Report on horse surra - Volume I
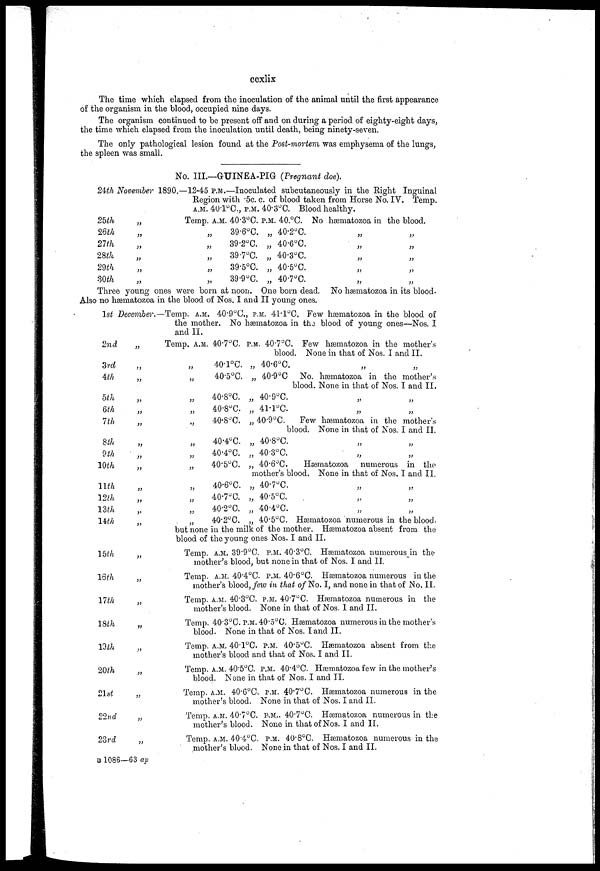
ccxlix
The time which elapsed from the inoculation of the animal until the first appearance
of the organism in the blood, occupied nine days.
The organism continued to be present off and on during a period of eighty-eight days,
the time which elapsed from the inoculation until death, being ninety-seven.
The only pathological lesion found at the Post-mortem was emphysema of the lungs,
the spleen was small.
No. III.—GUINEA-PIG (Pregnant doe).
24th November 1890.—12.45 P.M.—Inoculated subcutaneously in the Right Inguinal
Region with .5c. c. of blood taken from Horse No. IV. Temp.
A.M. 40.1°C., P.M.. 40.3°C. Blood healthy.
25th
„
26th
„
27th
„
28th
„
29th „
Temp. A.M. 40.3°C. P.M.. 40.°C. No hæmatozoa in the blood.
„
„
„
„
39.6°C. „ 40.2°C.
39.2°C. „ 40.6°C.
39.7°C. „ 40.3°C.
39.5°C. „ 40.5°C.
39.9°C. „ 40.7°C.
„
„
„
„
„
„
„
„
„
„
Three young ones were born at noon. One born dead. No hæmatozoa in its blood-
Also no hæmatozoa in the blood of Nos. I and II young ones.
1st December.
2nd
3rd
4th
5th
6th
7th
8th
9th
10th
11th
12th
13th
14th
15th
16th
17th
18th
19th
20th
21st
22nd
23rd
„
„
„
„
„
„
„
„
„
„
„
„
„
„
„
„
„
„
„
„
„
„
—Temp. A.M. 40.9°C., P.M. 41.1°C. Few hæmatozoa in the blood of
the mother. No hæmatozoa in the blood of young ones—Nos. I
and II.
Temp, A.M. 40.7°C. P.M. 40.7 O C. Few hæmatozoa in the mother's
blood. None in that of Nos. I and II.
„
„
„
„
„
„
„
„
„
„
40.1°C. „ 40.6°C.
40.5°C. „ 40.9°C No. hæmatozoa in the mother's
blood. None in that of Nos. I and II.
40.8°C. „ 40.9°C.
40.8°C. „ 41.1°C.
40.8°C. „ 40.9°C.
Few hæmatozoa in the mother's
blood. None in that of Nos. I and II.
40.4°C. „ 40.8°C.
40.4°C. „ 40.3°C.
40.5°C. „ 40.6°C.
Hæmatozoa numerous in the
mother's blood. None in that of Nos. I and II.
40.6°C. „ 40.7°C.
40.7°C. „ 40.5°C.
40.2°C. „ 40.4°C.
40.2°C. „ 40.5°C. Hæmatozoa numerous in the blood,
but none in the milk of the mother. Hæmatozoa absent from the
blood of the young ones Nos. I and II.
Temp. A.M. 39.9°C. P.M. 40.3°C. Hæmatozoa numerous in the
mother's blood, but none in that of Nos. I and II.
Temp. A.M. 40.4°C. P.M. 40.6°C. Hæmatozoa numerous in the
mother's blood, few in that of No. I, and none in that of No. II.
Temp. A.M. 40.3°C. P.M. 40.7°C. Hæmatozoa numerous in the
mother's blood. None in that of Nos. I and II.
Temp. 40.3°C. P.M.. 40.5°C. Hæmatozoa numerous in the mother's
blood. None in that of Nos. I and II.
Temp. A.M. 40.1°C. P.M. 40.5°C. Hæmatozoa absent from the
mother's blood and that of Nos. I and II.
Temp. A.M. 40.5°C. P.M. 40.4°C. Hæmatozoa few in the mother's
blood. None in that of Nos. I and II.
Temp. A.M. 40.6°C. P.M. 40.7°C. Hæmatozoa numerous in the
mother's blood. None in that of Nos. I and II.
Temp. A.M. 40.7°C. P.M.. 40.7°C. Hæmatozoa numerous in the
mother's blood. None in that of Nos. I and II.
Temp. A.M. 40 . 4°C. P.M. 40.8°C. Hæmatozoa numerous in the
mother's blood. None in that of Nos. I and II.
B 1086—63 ap